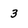
Character: 3